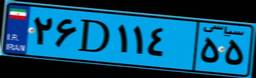
۲۶D۱۱۴۵۵